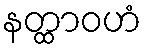
နတ္ထာဝဟံ